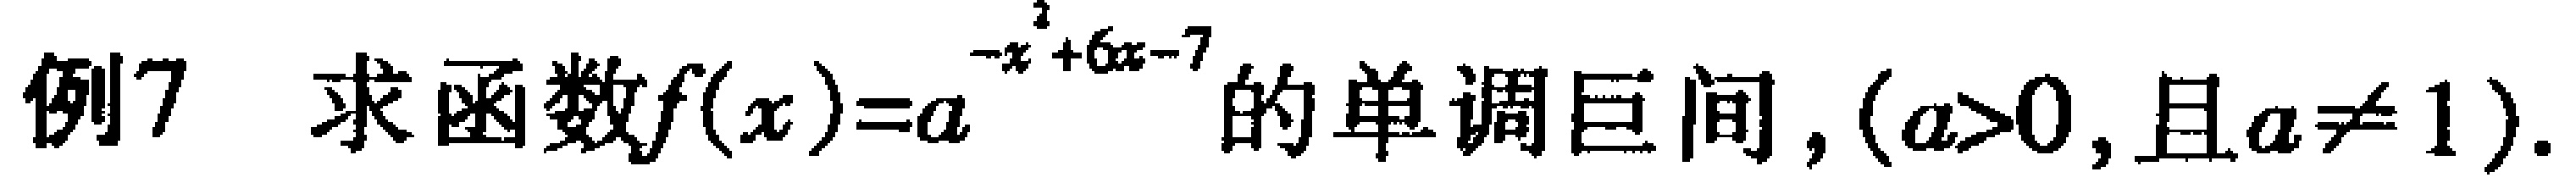
例7 求函数\(f(x)=a^{-x^{2}+6x - 7}\)的单调区间，\((a>0,且a\neq1)\)。